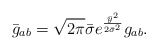
\begin{align*}\bar g_{ab}=\sqrt{2\pi}\bar\sigma e^{\frac{\bar y^2}{2\bar\sigma^2}}g_{ab}.\end{align*}